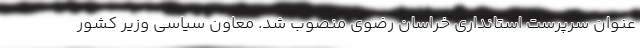
عنوان سرپرست استانداری خراسان رضوی منصوب شد. معاون سیاسی وزیر کشور